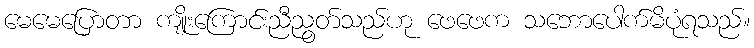
မေမေပြောတာ ကျိုးကြောင်းညီညွတ်သည်ဟု ဖေဖေက သဘောပေါက်မိပုံရသည်။